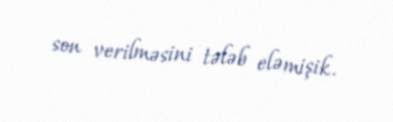
son verilməsini tələb eləmişik.